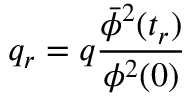
q _ { r } = q \frac { { \bar { \phi } } ^ { 2 } ( t _ { r } ) } { \phi ^ { 2 } ( 0 ) }